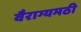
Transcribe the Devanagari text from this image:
वैराग्यमठी